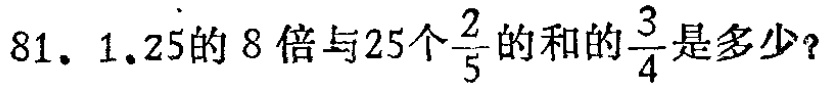
81. \(1.25\)的\(8\)倍与\(25\)个\(\frac{2}{5}\)的和的\(\frac{3}{4}\)是多少？